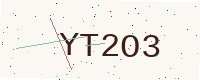
Text: YT2O3